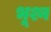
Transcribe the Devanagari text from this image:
भूश्न